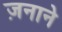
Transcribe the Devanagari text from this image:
ज़नाने